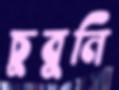
চুবুনি